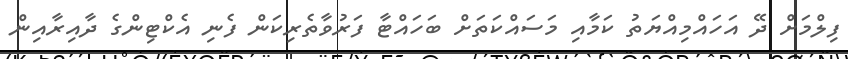
ފިލްމަށް ދޭ އަހައްމިއްޔަތު ކަމާއި މަސައްކަތަށް ބަހައްޓާ ފަރުވާތެރިކަން ފެނި އެކްޓިންގެ ދާއިރާއިން